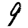
Digit: 9